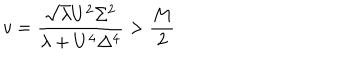
LaTeX: v = \frac { \sqrt { \lambda } U ^ { 2 } \Sigma ^ { 2 } } { \lambda + U ^ { 4 } \Delta ^ { 4 } } > \frac { M } { 2 }